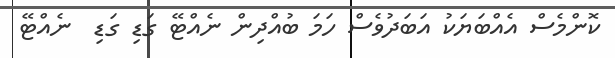
ކޮންމެސް އެއްބަޔަކު އަބަދުވެސް ހަމަ ބުއްދިން ނެއްޓޭ ގަޑި ގަޑި  ނެއްޓޭ